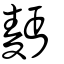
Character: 麪